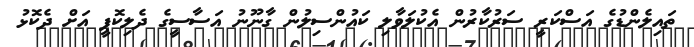
ތައިލެންޑުގެ އަސްކަރީ ސަރުކާރުން އެކުލަވާލި ކައުންސިލުން ގާނޫނު އަސާސީގެ ދެލިކޮޕީ އަށް ދެކޮޅު